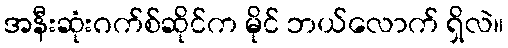
အနီးဆုံးဂက်စ်ဆိုင်က မိုင် ဘယ်လောက် ရှိလဲ။